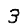
Digit: 3